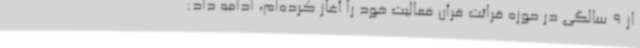
از 9 سالگی در حوزه قرائت قرآن فعالیت خود را آغاز کرده‌ام، ادامه داد: